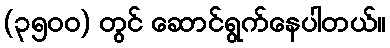
(၃၅၀၀) တွင် ဆောင်ရွက်နေပါတယ်။